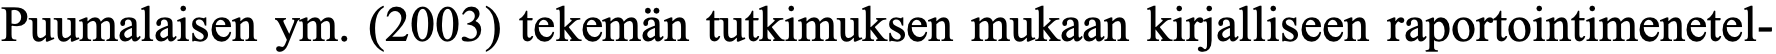
Puumalaisen ym. (2003) tekemän tutkimuksen mukaan kirjalliseen raportointimenetel-